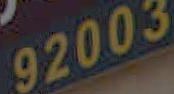
92003